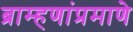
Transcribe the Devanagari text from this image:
ब्राम्हणांप्रमाणे